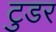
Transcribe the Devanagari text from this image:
टुडर